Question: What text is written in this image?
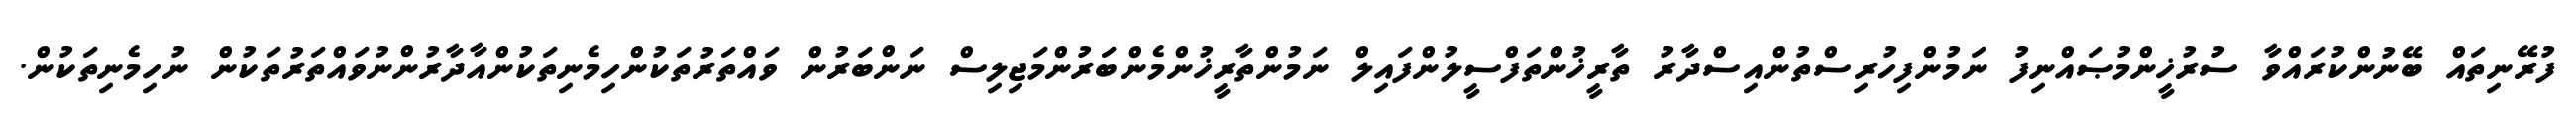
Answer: ފުރޭނިތައް ބޭނުންކުރައްވާ ސުރުޚީންމުޞައްނިފު ނަމުންފިހުރިސްތުންއިސްދާރު ތާރީޚުންތަފްސީލުންފައިލް ނަމުންތާރީޚުންމެންބަރުންމަޖިލިސް ނަންބަރުން ވައްތަރުތަކުންހިމެނިތަކުންއާދާރުންނުވައްތަރުތަކުން ނުހިމެނިތަކުން.